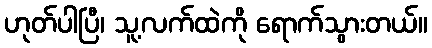
ဟုတ်ပါပြီ၊ သူ့လက်ထဲကို ရောက်သွားတယ်။